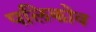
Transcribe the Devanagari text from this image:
पलिकोव